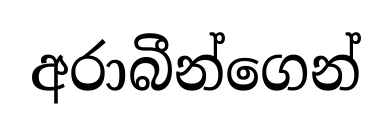
අරාබීන්ගෙන්